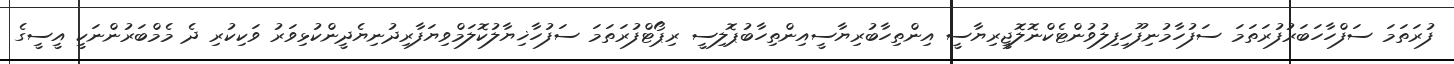
ފުރަތަމަ ސަފްހާހަބަރުފުރަތަމަ ސަފުހާމުނިފޫހިފިލުވުންޓެކްނޮލޮޖީރިޔާސީ އިންތިހާބުރިޔާސީއިންތިހާބުޕޮލިސީ ރިޕޯޓްފުރަތަމަ ސަފުހާޚިޔާލުކޮލަމްވިޔަފާރިދުނިޔެދީންކުޅިވަރު ވަކިކުރި ދެ މެމްބަރުންނަކީ އީސީގެ